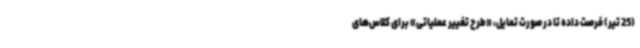
(25 تیر) فرصت داده تا در صورت تمایل، «طرح تغییر عملیاتی» برای کلاس‌های